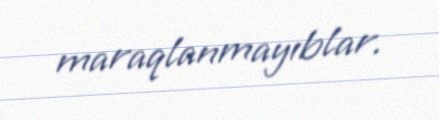
maraqlanmayıblar.